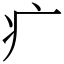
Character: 疒